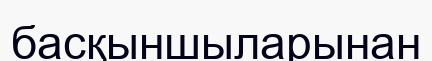
басқыншыларынан